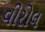
વીરોલ